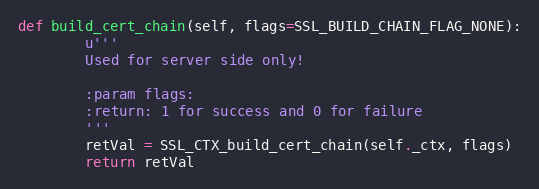
Language: Python
def build_cert_chain(self, flags=SSL_BUILD_CHAIN_FLAG_NONE):
        u'''
        Used for server side only!

        :param flags:
        :return: 1 for success and 0 for failure
        '''
        retVal = SSL_CTX_build_cert_chain(self._ctx, flags)
        return retVal